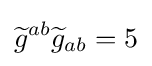
{\widetilde {g}}^{ab}{\widetilde {g}}_{ab}=5